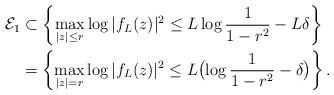
LaTeX: \begin{align*}\mathcal E_1& \subset \left\{\max_{|z|\leq r} \log |f_L(z)|^2 \leq L\log\frac{1}{1-r^2}-L \delta\right\}\\&=\left\{ \max_{|z|=r} \log |f_L(z)|^2 \leq L\bigl(\log\frac{1}{1-r^2}- \delta\bigr) \right\}.\end{align*}